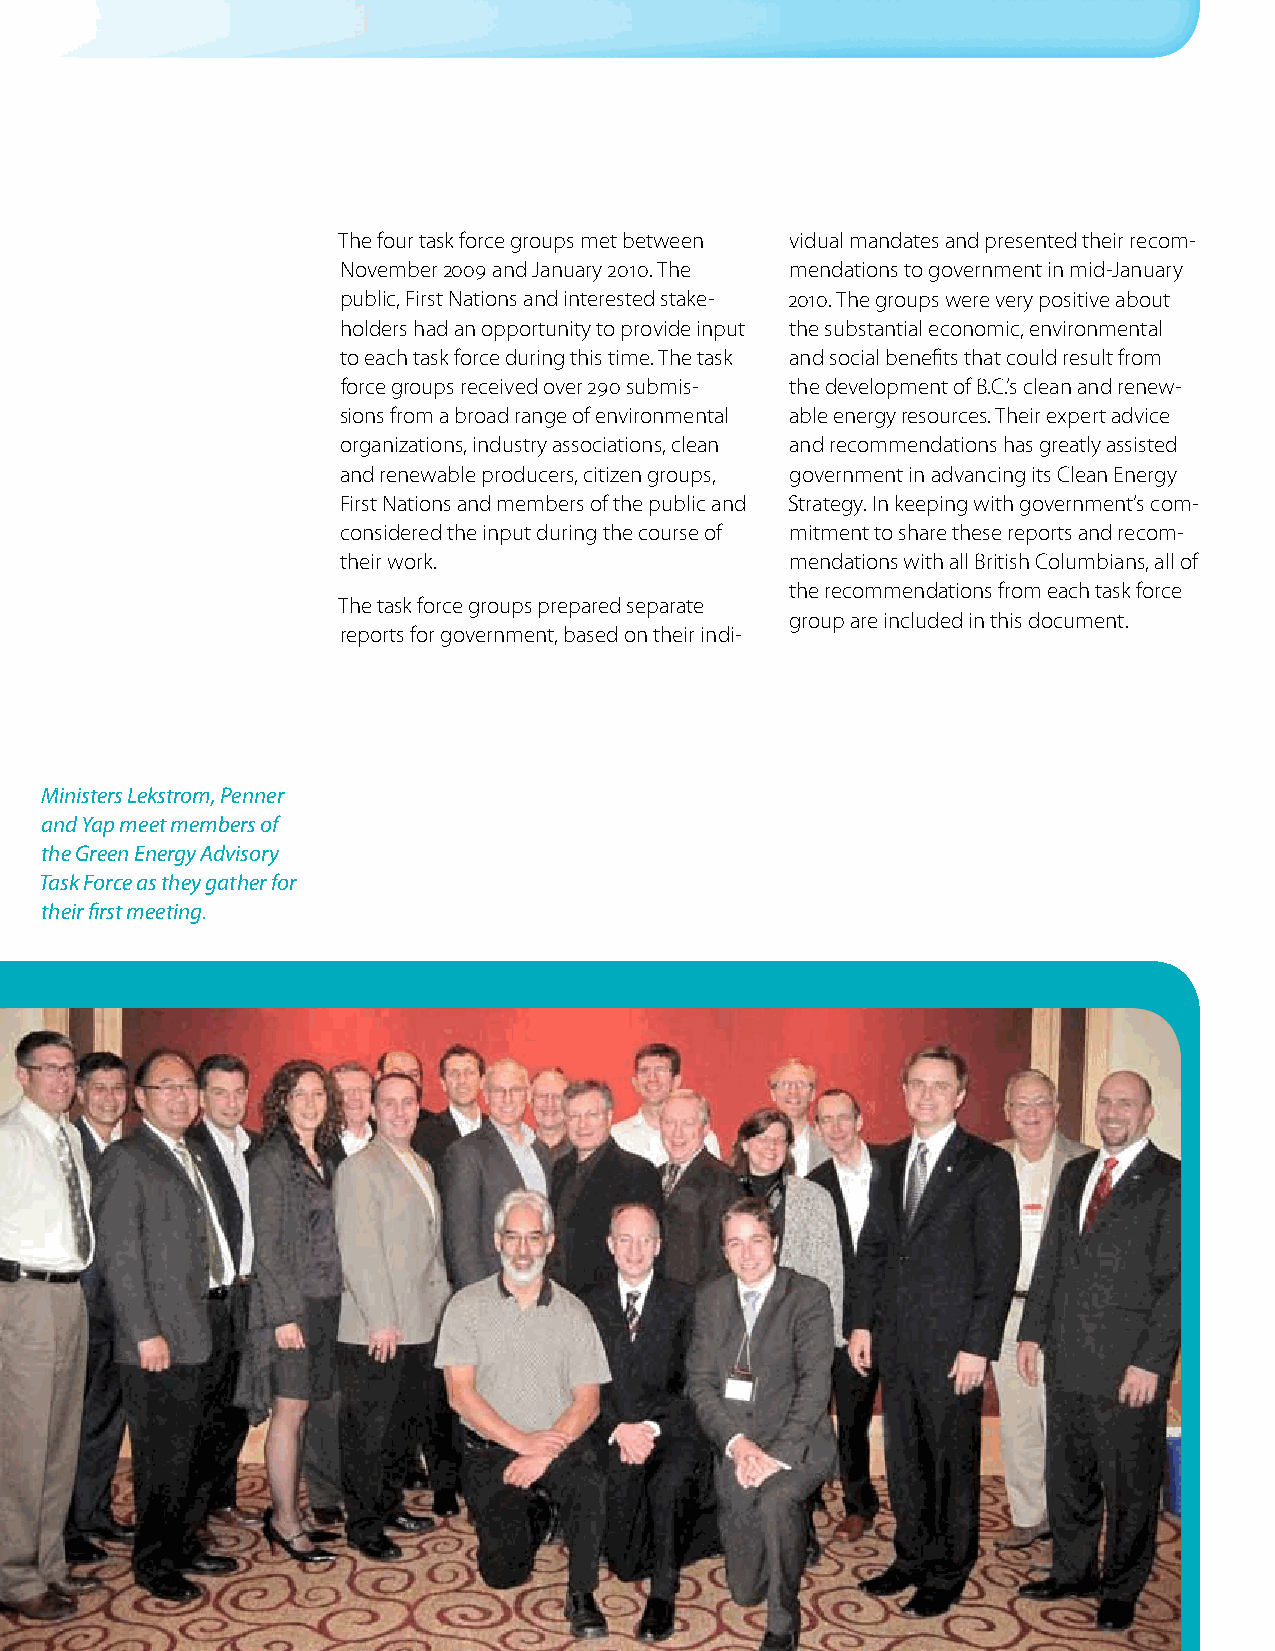
The four task force groups met between vidual mandates and presented their recom-
 November 2009 and January 2010. The mendations to government in mid-January
 public, First Nations and interested stake- 2010. The groups were very positive about
 holders had an opportunity to provide input the substantial economic, environmental
 to each task force during this time. The task and social benefits that could result from
 force groups received over 290 submis- the development of B.C.’s clean and renew-
 sions from a broad range of environmental able energy resources. Their expert advice
 organizations, industry associations, clean and recommendations has greatly assisted
 and renewable producers, citizen groups, government in advancing its Clean Energy
 First Nations and members of the public and Strategy. In keeping with government’s com-
 considered the input during the course of mitment to share these reports and recom-
 their work.                  mendations with all British Columbians, all of
 the recommendations from each task force
 The task force groups prepared separate
 group are included in this document.
 reports for government, based on their indi-
 Ministers Lekstrom, Penner
 and Yap meet members of
 the Green Energy Advisory
 Task Force as they gather for
 their first meeting.